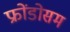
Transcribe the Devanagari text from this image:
फ्रोंडोसम